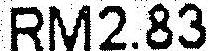
RM2.83